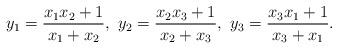
\begin{align*} y_1 = \frac{x_1x_2+1}{x_1+x_2},\ y_2 = \frac{x_2x_3+1}{x_2+x_3},\ y_3 = \frac{x_3x_1+1}{x_3+x_1}.\end{align*}